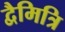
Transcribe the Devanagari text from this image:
द्वैमित्रि